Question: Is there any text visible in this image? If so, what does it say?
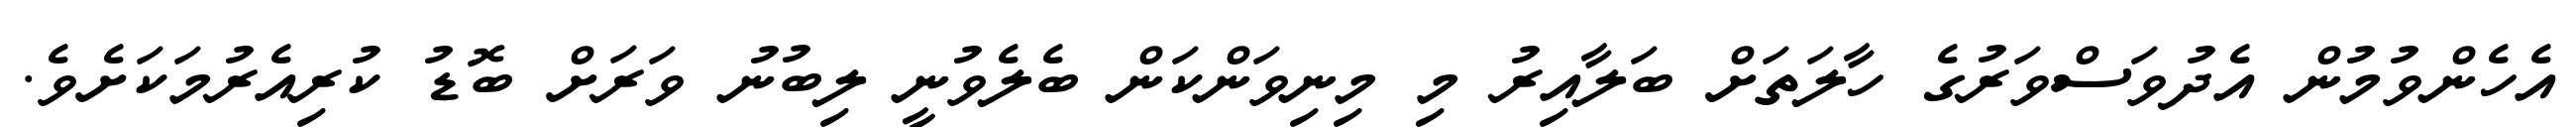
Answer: އެހެންވުމުން އެދުވަސްވަރުގެ ހާލަތަށް ބަލާއިރު މި މިނިވަންކަން ބެލެވުނީ ލިބުނު ވަރަށް ބޮޑު ކުރިއެރުމަކަށެވެ.